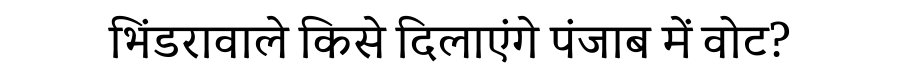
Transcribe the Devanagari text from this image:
भिंडरावाले किसे दिलाएंगे पंजाब में वोट?